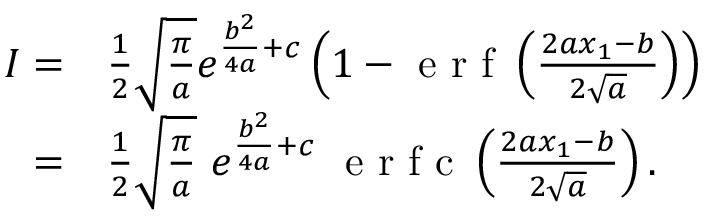
\begin{array} { r l } { I = } & { { } \frac { 1 } { 2 } \sqrt { \frac { \pi } { a } } e ^ { \frac { b ^ { 2 } } { 4 a } + c } \left( 1 - \mathrm { ~ e ~ r ~ f ~ } \left( { \frac { 2 a x _ { 1 } - b } { 2 \sqrt { a } } } \right) \right) } \\ { = } & { { } \frac { 1 } { 2 } \sqrt { \frac { \pi } { a } } \ e ^ { \frac { b ^ { 2 } } { 4 a } + c } \ \mathrm { ~ e ~ r ~ f ~ c ~ } \left( { \frac { 2 a x _ { 1 } - b } { 2 \sqrt { a } } } \right) . } \end{array}